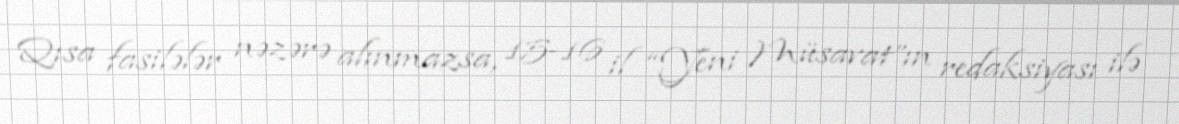
Qısa fasilələr nəzərə alınmazsa, 15-16 il “Yeni Müsavat”ın redaksiyası ilə